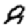
Digit: 8